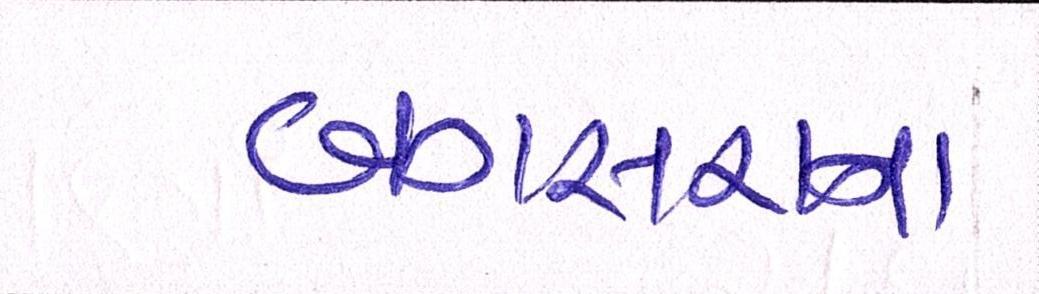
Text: બગસરાના